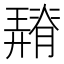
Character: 𦡠